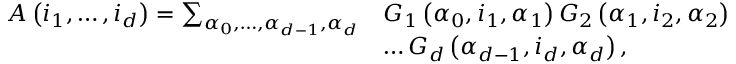
\begin{array} { r l } { A \left( i _ { 1 } , \ldots , i _ { d } \right) = \sum _ { \alpha _ { 0 } , \ldots , \alpha _ { d - 1 } , \alpha _ { d } } } & { G _ { 1 } \left( \alpha _ { 0 } , i _ { 1 } , \alpha _ { 1 } \right) G _ { 2 } \left( \alpha _ { 1 } , i _ { 2 } , \alpha _ { 2 } \right) } \\ & { \ldots G _ { d } \left( \alpha _ { d - 1 } , i _ { d } , \alpha _ { d } \right) , } \end{array}